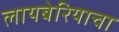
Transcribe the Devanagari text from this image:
लायबेरियाचा